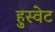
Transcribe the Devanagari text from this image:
हुस्वेट